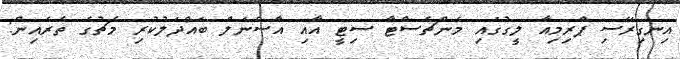
އިނގިރޭސި ޕްރިމިއާ ލީގުގައި މެންޗެސްޓާ ސިޓީ އާއި އާސެނަލް ބައްދަލުކުރި މެޗުގެ ތެރެއިން: